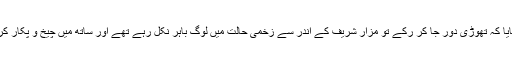
انہو ں نے بتایا کہ تھوڑی دور جا کر رکے تو مزار شریف کے اندر سے زخمی حالت میں لوگ باہر نکل رہے تھے اور ساتھ میں چیخ و پکار کر رہے تھے۔